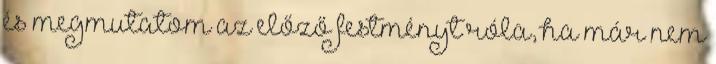
és megmutatom az előző festményt róla, ha már nem